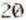
20